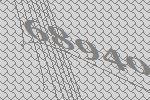
68940